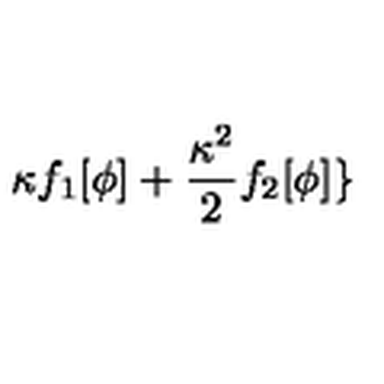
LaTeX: \kappa f _ { 1 } [ \phi ] + \frac { \kappa ^ { 2 } } { 2 } f _ { 2 } [ \phi ] \}